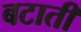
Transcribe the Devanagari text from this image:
बटाती